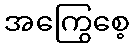
အကြွေစေ့